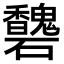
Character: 𥗶